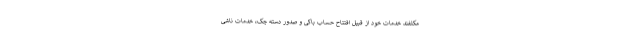
مکلفند خدمات خود از قبیل افتتاح حساب باکی و صدور دسته چک، خدمات ناشی